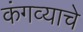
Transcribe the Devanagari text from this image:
कंगव्याचे